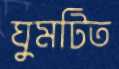
ঘুমটিত